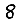
Digit: 8